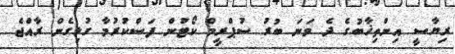
ރިޔާސީ އިންތިޚާބުގެ ދެ ވަނަ ބުރު ސުޕްރީމް ކޯޓުން ފަސްކުރުމާ ގުޅިގެން ރާއްޖެ